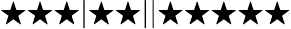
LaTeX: \bigstar\bigstar\bigstar|\bigstar\bigstar||\bigstar\bigstar\bigstar\bigstar\bigstar